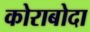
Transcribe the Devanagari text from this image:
कोराबोदा